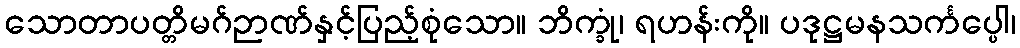
သောတာပတ္တိမဂ်ဉာဏ်နှင့်ပြည့်စုံသော။ ဘိက္ခုံ၊ ရဟန်းကို။ ပဒုဋ္ဌမနသင်္ကပ္ပေါ၊